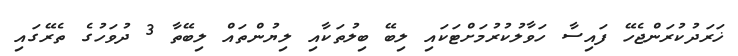
ޚަރަދުކުރަންޖެހޭ ފައިސާ ހަވާލުކުރުމަށްޓަކައި ލިބޭ ބިލުތަކާއި ލިޔުންތައް ލިބޭތާ 3 ދުވަހުގެ ތެރޭގައި